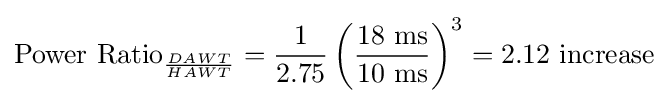
{\text{Power Ratio}}_{DAWT \over HAWT}={1 \over 2.75}\left({18{\text{ ms}} \over 10{\text{ ms}}}\right)^{3}=2.12{\text{ increase}}